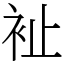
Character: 𧘲